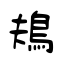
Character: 鳺